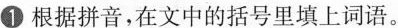
①根据拼音，在文中的括号里填上词语。